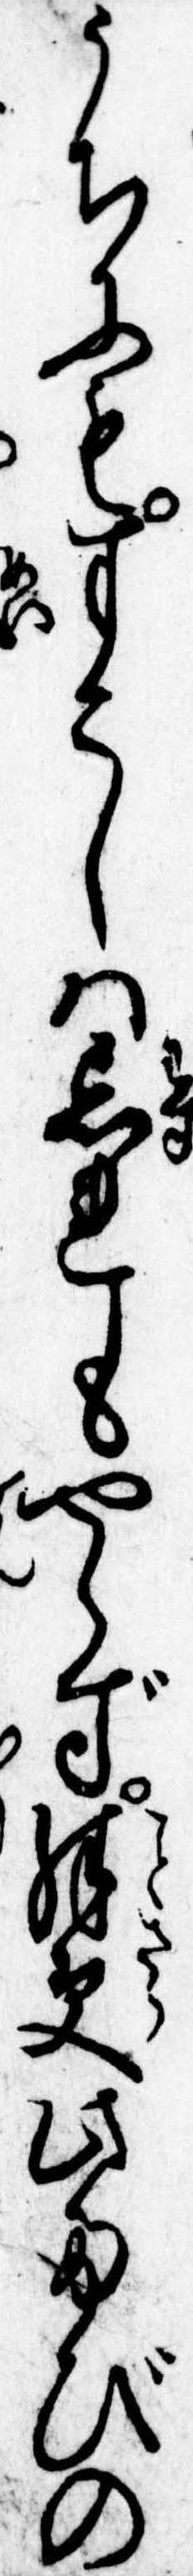
うちにもすこしは忘れもやらず殊更此たびの